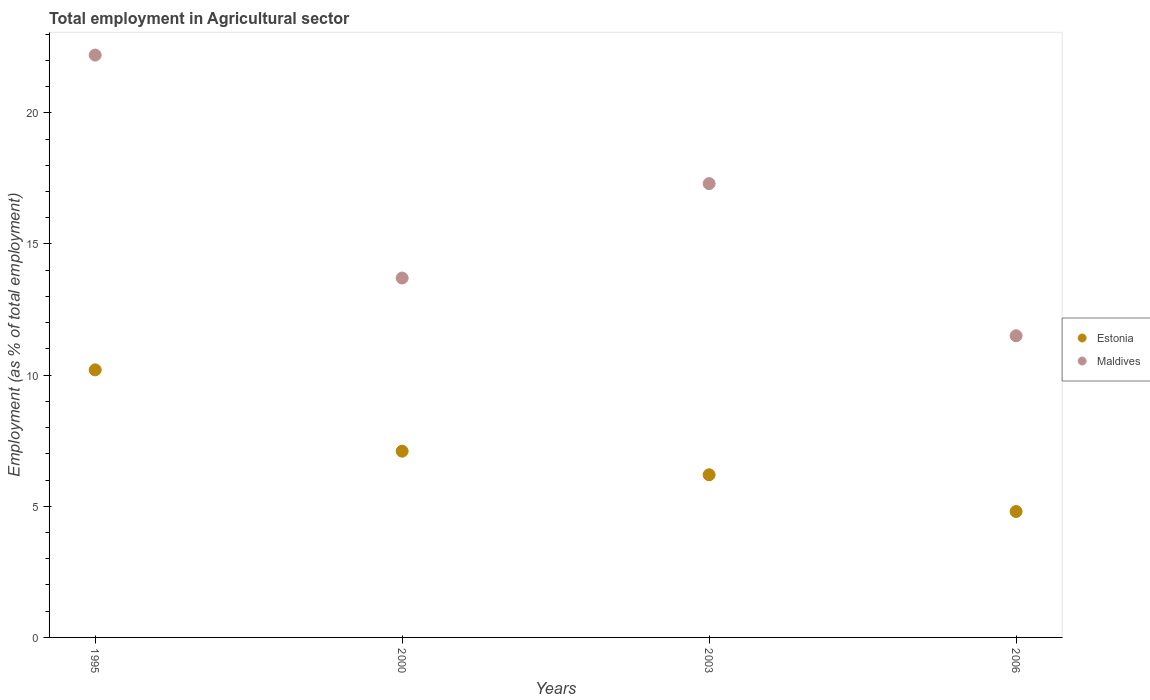
| Years | Estonia | Maldives |
 | --- | --- | --- |
 | 1995 | 10.2 | 22.2 |
 | 2000 | 7.1 | 13.7 |
 | 2003 | 6.2 | 17.3 |
 | 2006 | 4.8 | 11.5 |